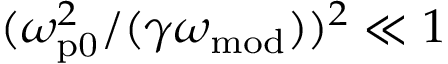
( \omega _ { \mathrm { p 0 } } ^ { 2 } / ( \gamma \omega _ { \mathrm { m o d } } ) ) ^ { 2 } \ll 1